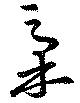
稾